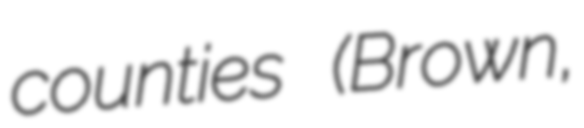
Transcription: counties (Brown,